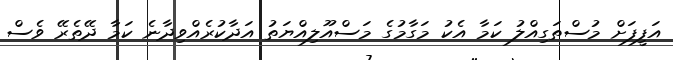
އަފީފަށް މުސްތަގިއްލު ކަމާ އެކު މަގާމުގެ މަސްއޫލިއްޔަތު އަދާކުރެއްވިދާނެ ކަމާ ދޭތެރޭ ވެސް